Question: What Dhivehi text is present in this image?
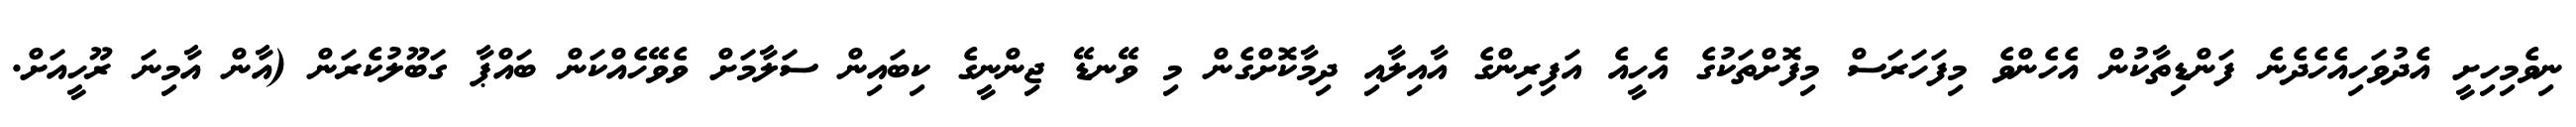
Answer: ނިވެމިހިށީ އެދުވަހިއެހެދެނެ ފަންޑިތާކުން އެހެންވެ މިފަހަރަސް މިފޮށްތަކުގެ އެހީއެ އަފިރިންގެ އާއިލާއި ދިމާކޮށްގެން މި ވޭނޑޭ ޖިންނީގެ ކިބައިން ސަލާމަށް ވެވޭހެއްކަން ބައްޕާ ގަބޫލުކެރަން (އާން އާމިނަ ރޫހީއަށް.